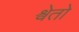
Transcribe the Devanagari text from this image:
श्वेतो